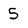
Character: 5